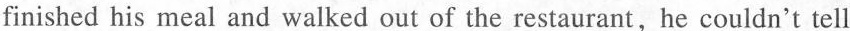
finished his meal and walked out of the restaurant,he couldn't tell